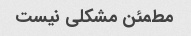
مطمئن مشکلی نیست